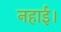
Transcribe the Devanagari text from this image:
नहाई।